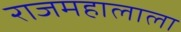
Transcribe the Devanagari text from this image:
राजमहालाला